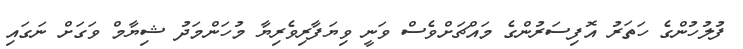
ފުލުހުންގެ ހަތަރު އޮފިސަރުންގެ މައްޗަށްވެސް ވަނީ ވިޔަފާރިވެރިޔާ މުހަންމަދު ޝިޔާމް ވަގަށް ނަގައި